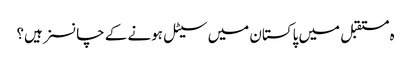
ہ مستقبل میں پاکستان میں سیٹل ہونے کے چانسز ہیں؟